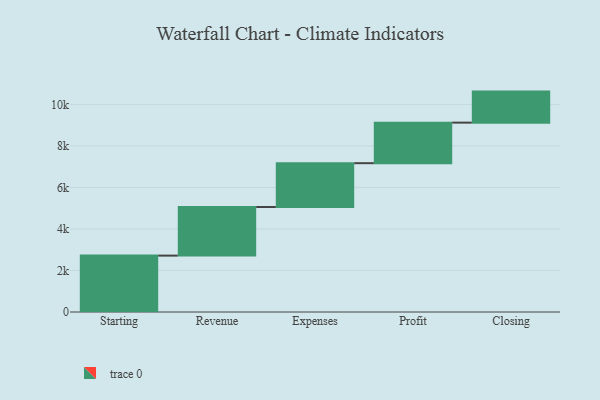
{"axis": {"x": "Step", "y": "Value"}, "legend": [""], "data": [{"x": "Starting", "y": 2716.0, "type": ""}, {"x": "Revenue", "y": 2342.0, "type": ""}, {"x": "Expenses", "y": 2111.0, "type": ""}, {"x": "Profit", "y": 1953.0, "type": ""}, {"x": "Closing", "y": 1495.0, "type": ""}]}